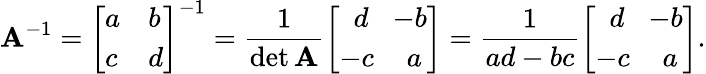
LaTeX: \mathbf{A}^{-1}={\left[\begin{array}{ll}{a}&{b}\\ {c}&{d}\end{array}\right]}^{-1}={\frac{1}{\operatorname*{det}\mathbf{A}}}{\left[\begin{array}{ll}{\, \, \, d}&{\! \! -b}\\ {-c}&{\, a}\end{array}\right]}={\frac{1}{ad-bc}}{\left[\begin{array}{ll}{\, \, \, d}&{\! \! -b}\\ {-c}&{\, a}\end{array}\right]}.